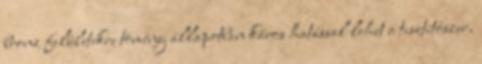
bronz felületekre tömény állapotban káros hatással lehet a tisztítószer,